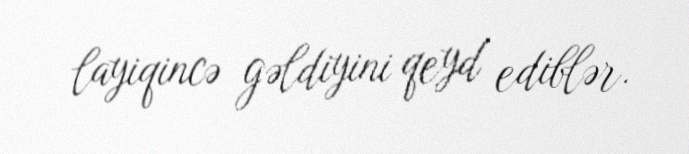
layiqincə gəldiyini qeyd ediblər.